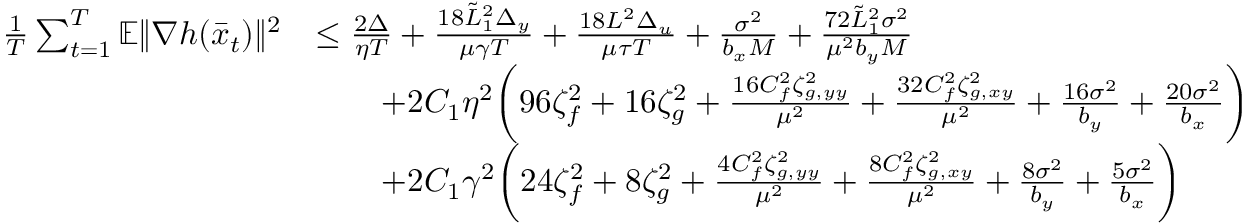
\begin{array} { r l } { \frac { 1 } { T } \sum _ { t = 1 } ^ { T } \mathbb { E } \| \nabla h ( \bar { x } _ { t } ) \| ^ { 2 } } & { \leq \frac { 2 \Delta } { \eta T } + \frac { 1 8 \tilde { L } _ { 1 } ^ { 2 } \Delta _ { y } } { \mu \gamma T } + \frac { 1 8 L ^ { 2 } \Delta _ { u } } { \mu \tau T } + \frac { \sigma ^ { 2 } } { b _ { x } M } + \frac { 7 2 \tilde { L } _ { 1 } ^ { 2 } \sigma ^ { 2 } } { \mu ^ { 2 } b _ { y } M } } \\ & { \qquad + 2 C _ { 1 } \eta ^ { 2 } \bigg ( 9 6 \zeta _ { f } ^ { 2 } + 1 6 \zeta _ { g } ^ { 2 } + \frac { 1 6 C _ { f } ^ { 2 } \zeta _ { g , y y } ^ { 2 } } { \mu ^ { 2 } } + \frac { 3 2 C _ { f } ^ { 2 } \zeta _ { g , x y } ^ { 2 } } { \mu ^ { 2 } } + \frac { 1 6 \sigma ^ { 2 } } { b _ { y } } + \frac { 2 0 \sigma ^ { 2 } } { b _ { x } } \bigg ) } \\ & { \qquad + 2 C _ { 1 } \gamma ^ { 2 } \bigg ( 2 4 \zeta _ { f } ^ { 2 } + 8 \zeta _ { g } ^ { 2 } + \frac { 4 C _ { f } ^ { 2 } \zeta _ { g , y y } ^ { 2 } } { \mu ^ { 2 } } + \frac { 8 C _ { f } ^ { 2 } \zeta _ { g , x y } ^ { 2 } } { \mu ^ { 2 } } + \frac { 8 \sigma ^ { 2 } } { b _ { y } } + \frac { 5 \sigma ^ { 2 } } { b _ { x } } \bigg ) } \end{array}